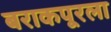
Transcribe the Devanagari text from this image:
बराकपूरला